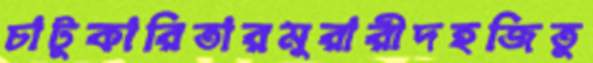
চাটুকারিতারমুরারীদহজিতু